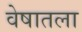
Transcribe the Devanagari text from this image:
वेषातला